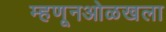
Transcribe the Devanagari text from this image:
म्हणूनओळखला